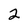
Character: 2